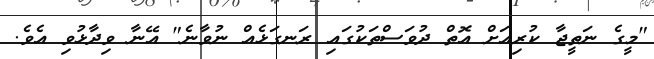
"މީގެ ނަތީޖާ ކުރިއަށް އޮތް ދުވަސްތަކުގައި ރަނގަޅެއް ނުވާނެ" އޭނާ ވިދާޅުވި އެވެ.